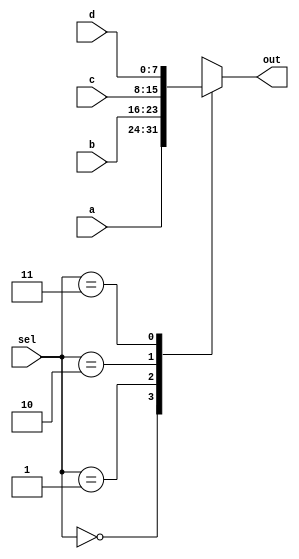
`timescale 1ns / 1ps
//////////////////////////////////////////////////////////////////////////////////
// Company: 
// Engineer: 
// 
// Design Name: 
// Module Name: mux_4to1
// Project Name: 
// Target Devices: 
// Tool Versions: 
// Description: 
// 
// Dependencies: 
// 
// Revision:
// Revision 0.01 - File Created
// Additional Comments:
// 
//////////////////////////////////////////////////////////////////////////////////


module mux_4to1(
    input [7:0] a,
    input [7:0] b,
    input [7:0] c,
    input [7:0] d,
    input [1:0] sel,
    output reg [7:0] out
    );
    
always@(a, b, c, d, sel) begin
    case(sel)
        2'b00: out <= a;
        2'b01: out <= b;
        2'b10: out <= c;
        2'b11: out <= d;
    endcase
end
    
endmodule